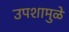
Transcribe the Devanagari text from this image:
उपशामुळे